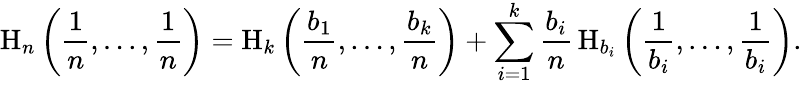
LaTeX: \mathrm{H}_{n}\left({\frac{1}{n}},\ldots,{\frac{1}{n}}\right)=\mathrm{H}_{k}\left({\frac{b_{1}}{n}},\ldots,{\frac{b_{k}}{n}}\right)+\sum_{i=1}^{k}{\frac{b_{i}}{n}}\, \mathrm{H}_{b_{i}}\left({\frac{1}{b_{i}}},\ldots,{\frac{1}{b_{i}}}\right).